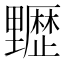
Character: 𰙻